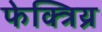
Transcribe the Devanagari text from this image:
फेक्त्रिय्र